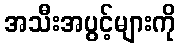
အသီးအပွင့်များကို